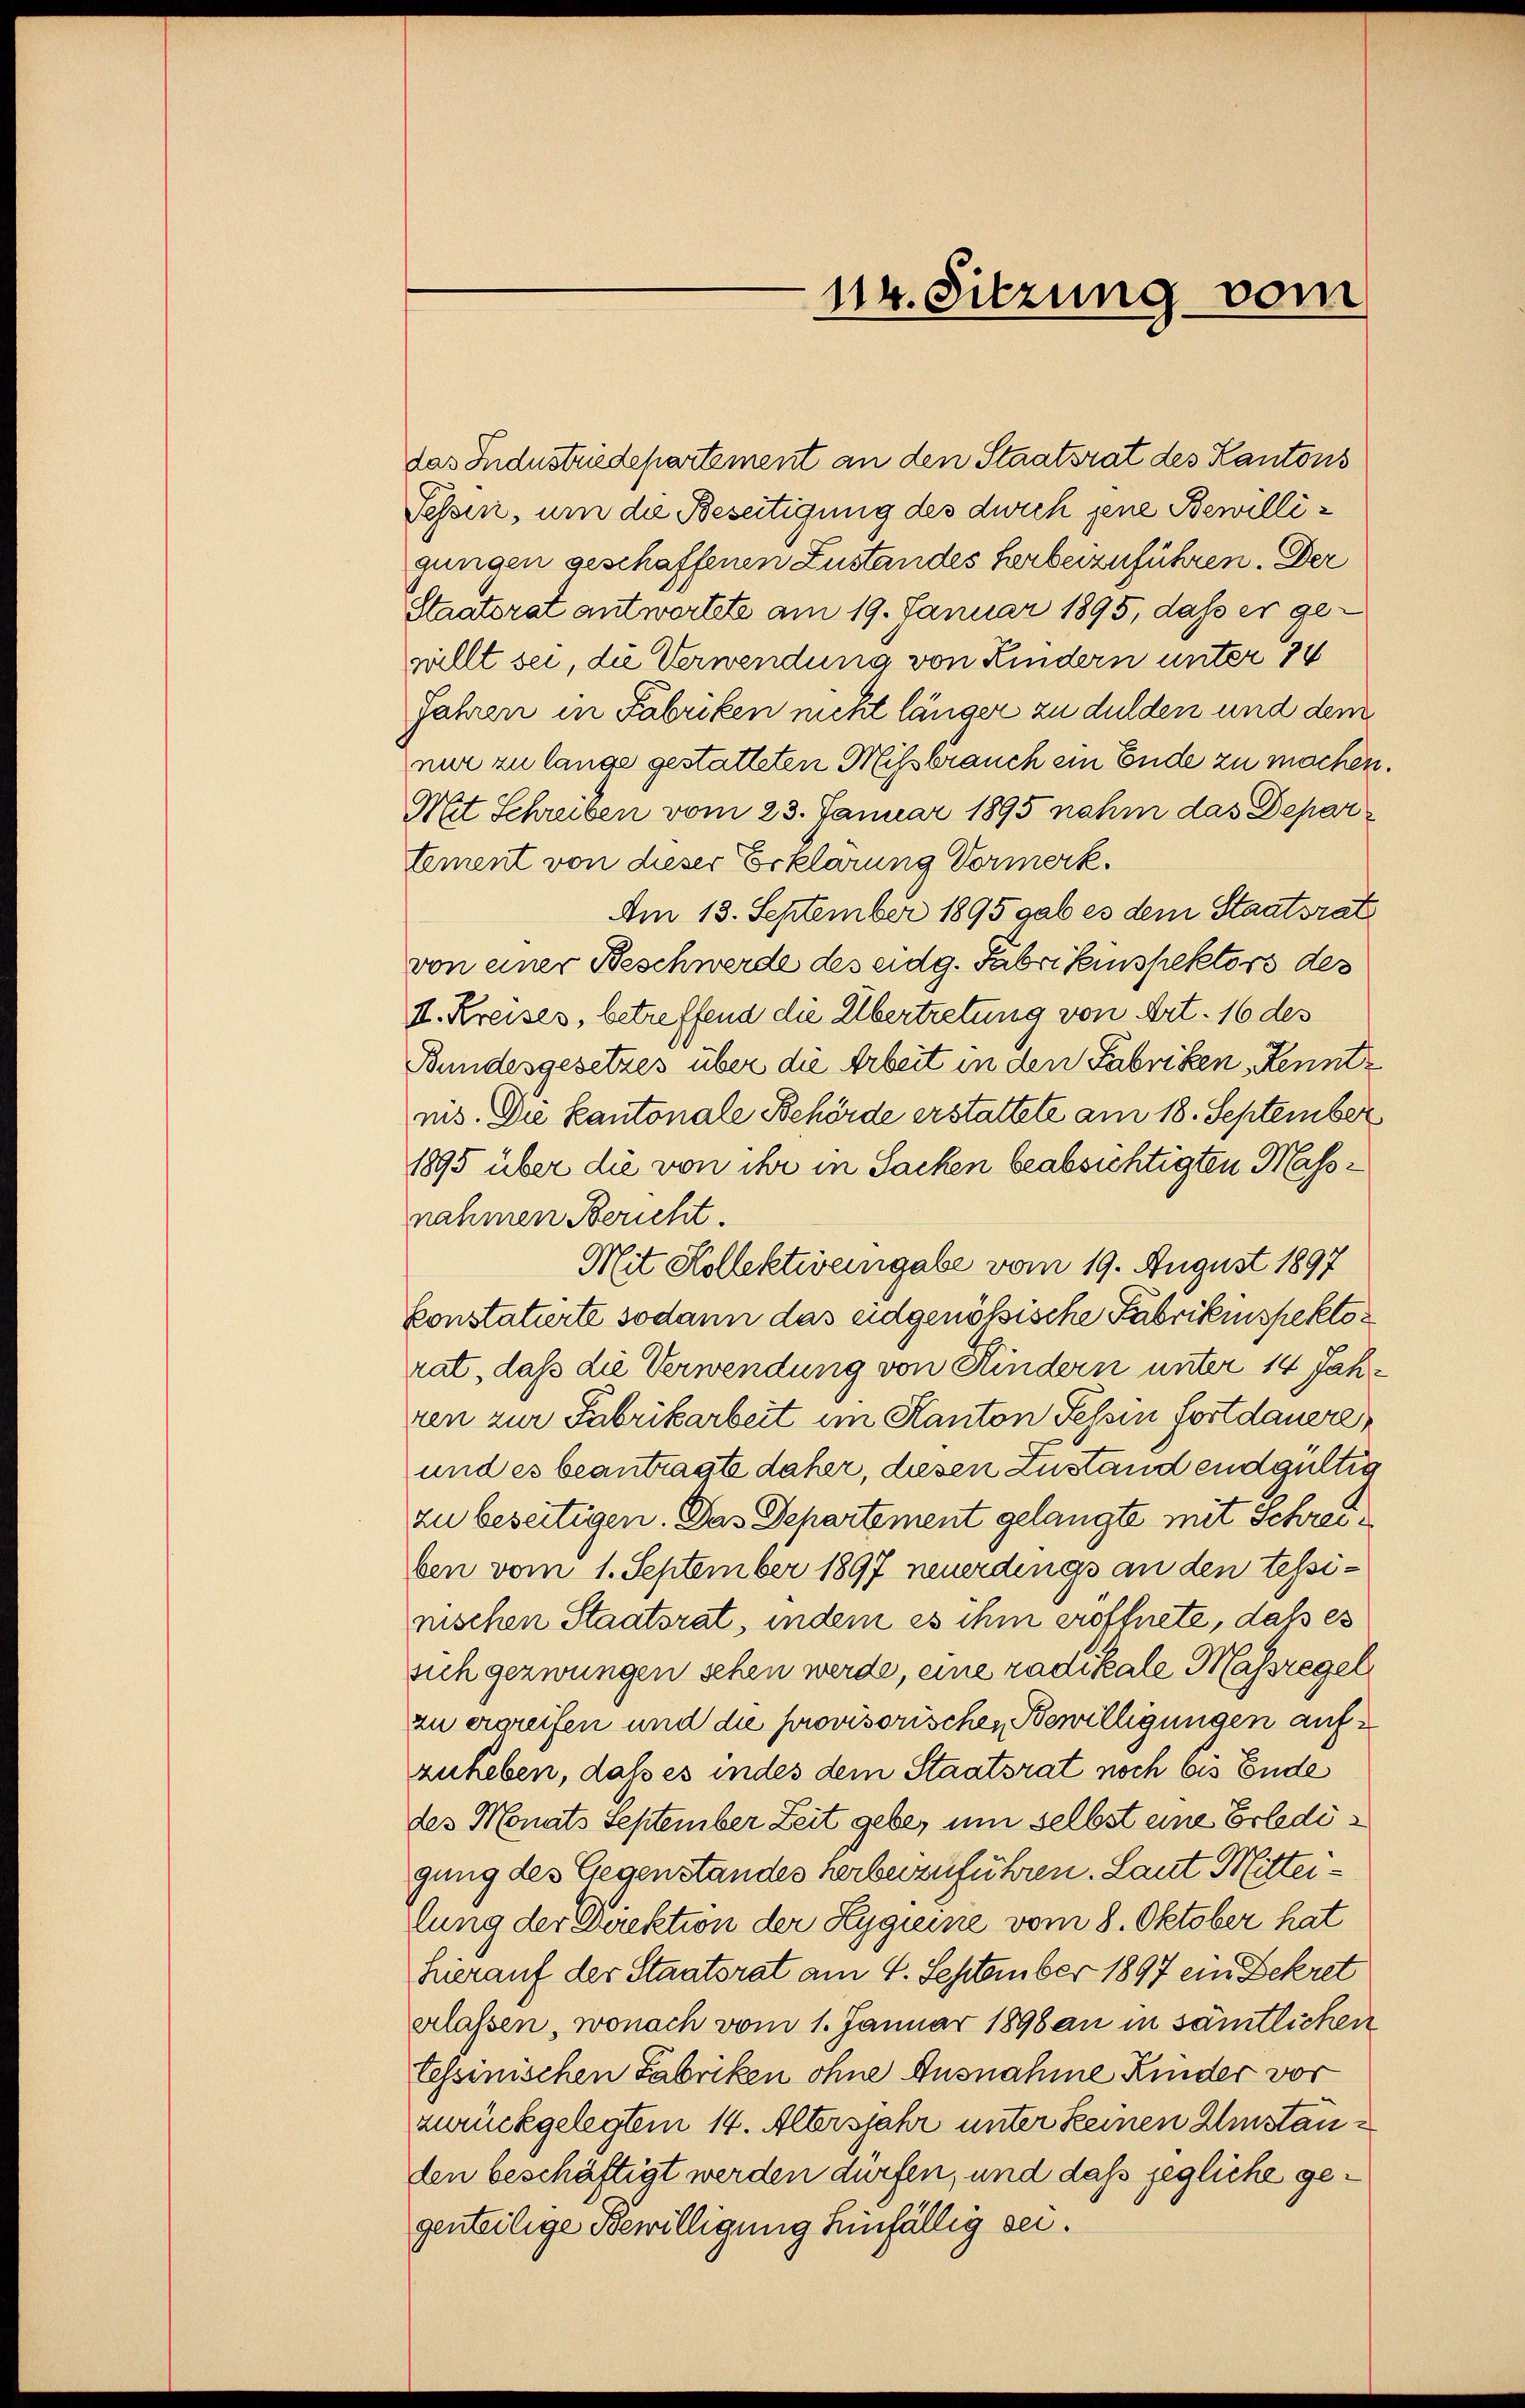
das Industriedepartement an den Staatsrat des Kantons
Fessen, um die Beseitigung des durch jene Bewilligungen geschaffenen Zustandes Herbeizuführen. Der
Staatsrat antwortete am 19. Januar 1895, daß er ge-
willt sei, die Verwendung von Kindern unter 24
Jahren in Fabriken nicht länger zu dulden und dem
nur zu lange gestatteten Missbrauch ein Ende zu machen.
Mit Schreiben vom 23. Januar 1895 nahm das Departement von dieser Erklärung Vormerk.
Am 13. September 1895 gab es dem Staatsrat
von einer Beschwerde des eidg. Fabrikinspektors des
II. Kreises, betreffend die Übertretung von Art. 16 des
Bundesgesetzes über die Arbeit in den Fabriken, Kenntnis. Die kantonale Behörde erstattete am 18. September
1895 über die von ihr in Sacken beabsichtigten Massnahmen Bericht.
Mit Kollektivengabe vom 19. August 1897
konstatirte sodann das eidgenößische Fabrikinspekto
rat, daß die Verwendung von Kindern unter 14 Jahren zur Fabrikarbeit im Kanton Tessin Fortdauere
und es beantragte daher, diesen Zustand endgültig
zu beseitigen. Das Departement gelangte mit Schreiben vom 1. September 1897 neuerdings an den tessinischen Staatsrat, indem es ihm eröffnete, daß es
sich gezwungen sehen werde, eine radikale Massregel
zu ergreifen und die provisorischen Bewilligungen aufzuheben, daß es indes dem Staatsrat noch bis Ende
des Monats September Zeit gebe, um selbst eine Erledigung des Gegenstandes herbeizuführen. Laut Mitteilung der Direktion der Hygienne vom 8. Oktober hat
hierauf der Staatsrat am 4. September 1897 ein Dekret
erlassen, wonach vom 1. Januar 1898 an in sämtlichen
tessinischen Fabriken ohne Ausnahme Kinder vor
zurückgelegtem 14. Altersjahr unter keinen Umstanden beschäftigt werden dürfen, und dass jegliche gegenteilige Bewilligung hinfällig sei.

114. Sitzung vom